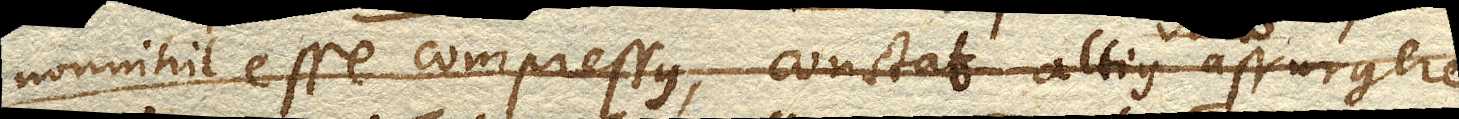
nonnihil esse compressus, constat altius assurgere